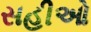
સહીઓ